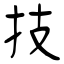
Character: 技